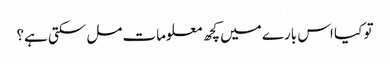
تو کیا اس بارے میں کچھ معلومات مل سکتی ہے؟